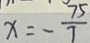
x = - \frac { 7 5 } { 7 }